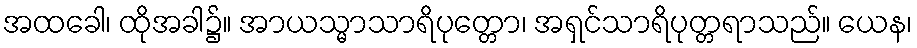
အထခေါ၊ ထိုအခါ၌။ အာယသ္မာသာရိပုတ္တော၊ အရှင်သာရိပုတ္တရာသည်။ ယေန၊